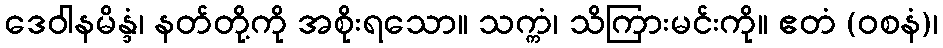
ဒေဝါနမိန္ဒံ၊ နတ်တို့ကို အစိုးရသော။ သက္ကံ၊ သိကြားမင်းကို။ ဧတံ (ဝစနံ)၊